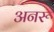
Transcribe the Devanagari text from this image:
अनरू